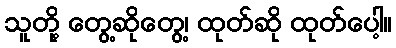
သူတို့ တွေ့ဆိုတွေ့၊ ထုတ်ဆို ထုတ်ပေါ့။